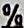
%